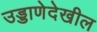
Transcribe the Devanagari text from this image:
उड्डाणेदेखील